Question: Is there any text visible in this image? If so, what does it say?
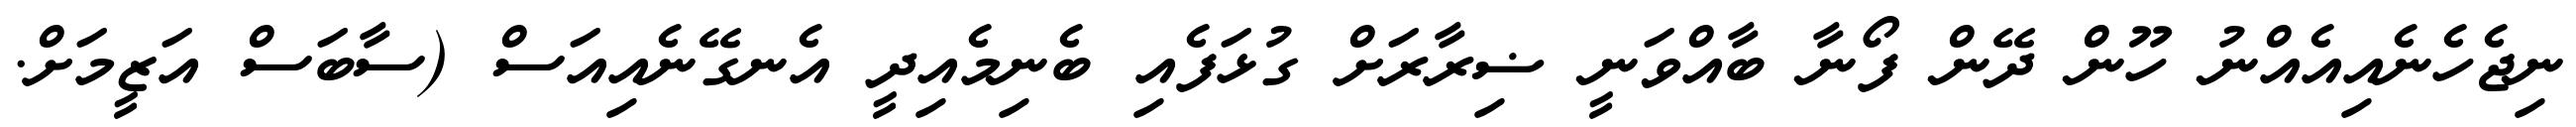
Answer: ނިޖެހެނެއިއެއްނު ހޫން ދޭން ފޯނާ ބާއްވަނީ ޟިރާރަށް ގުޅަފެއި ބެނިމެއިދީ އެނގޭނެއިއަސް (ސާބަސް އަޒީމަށް.